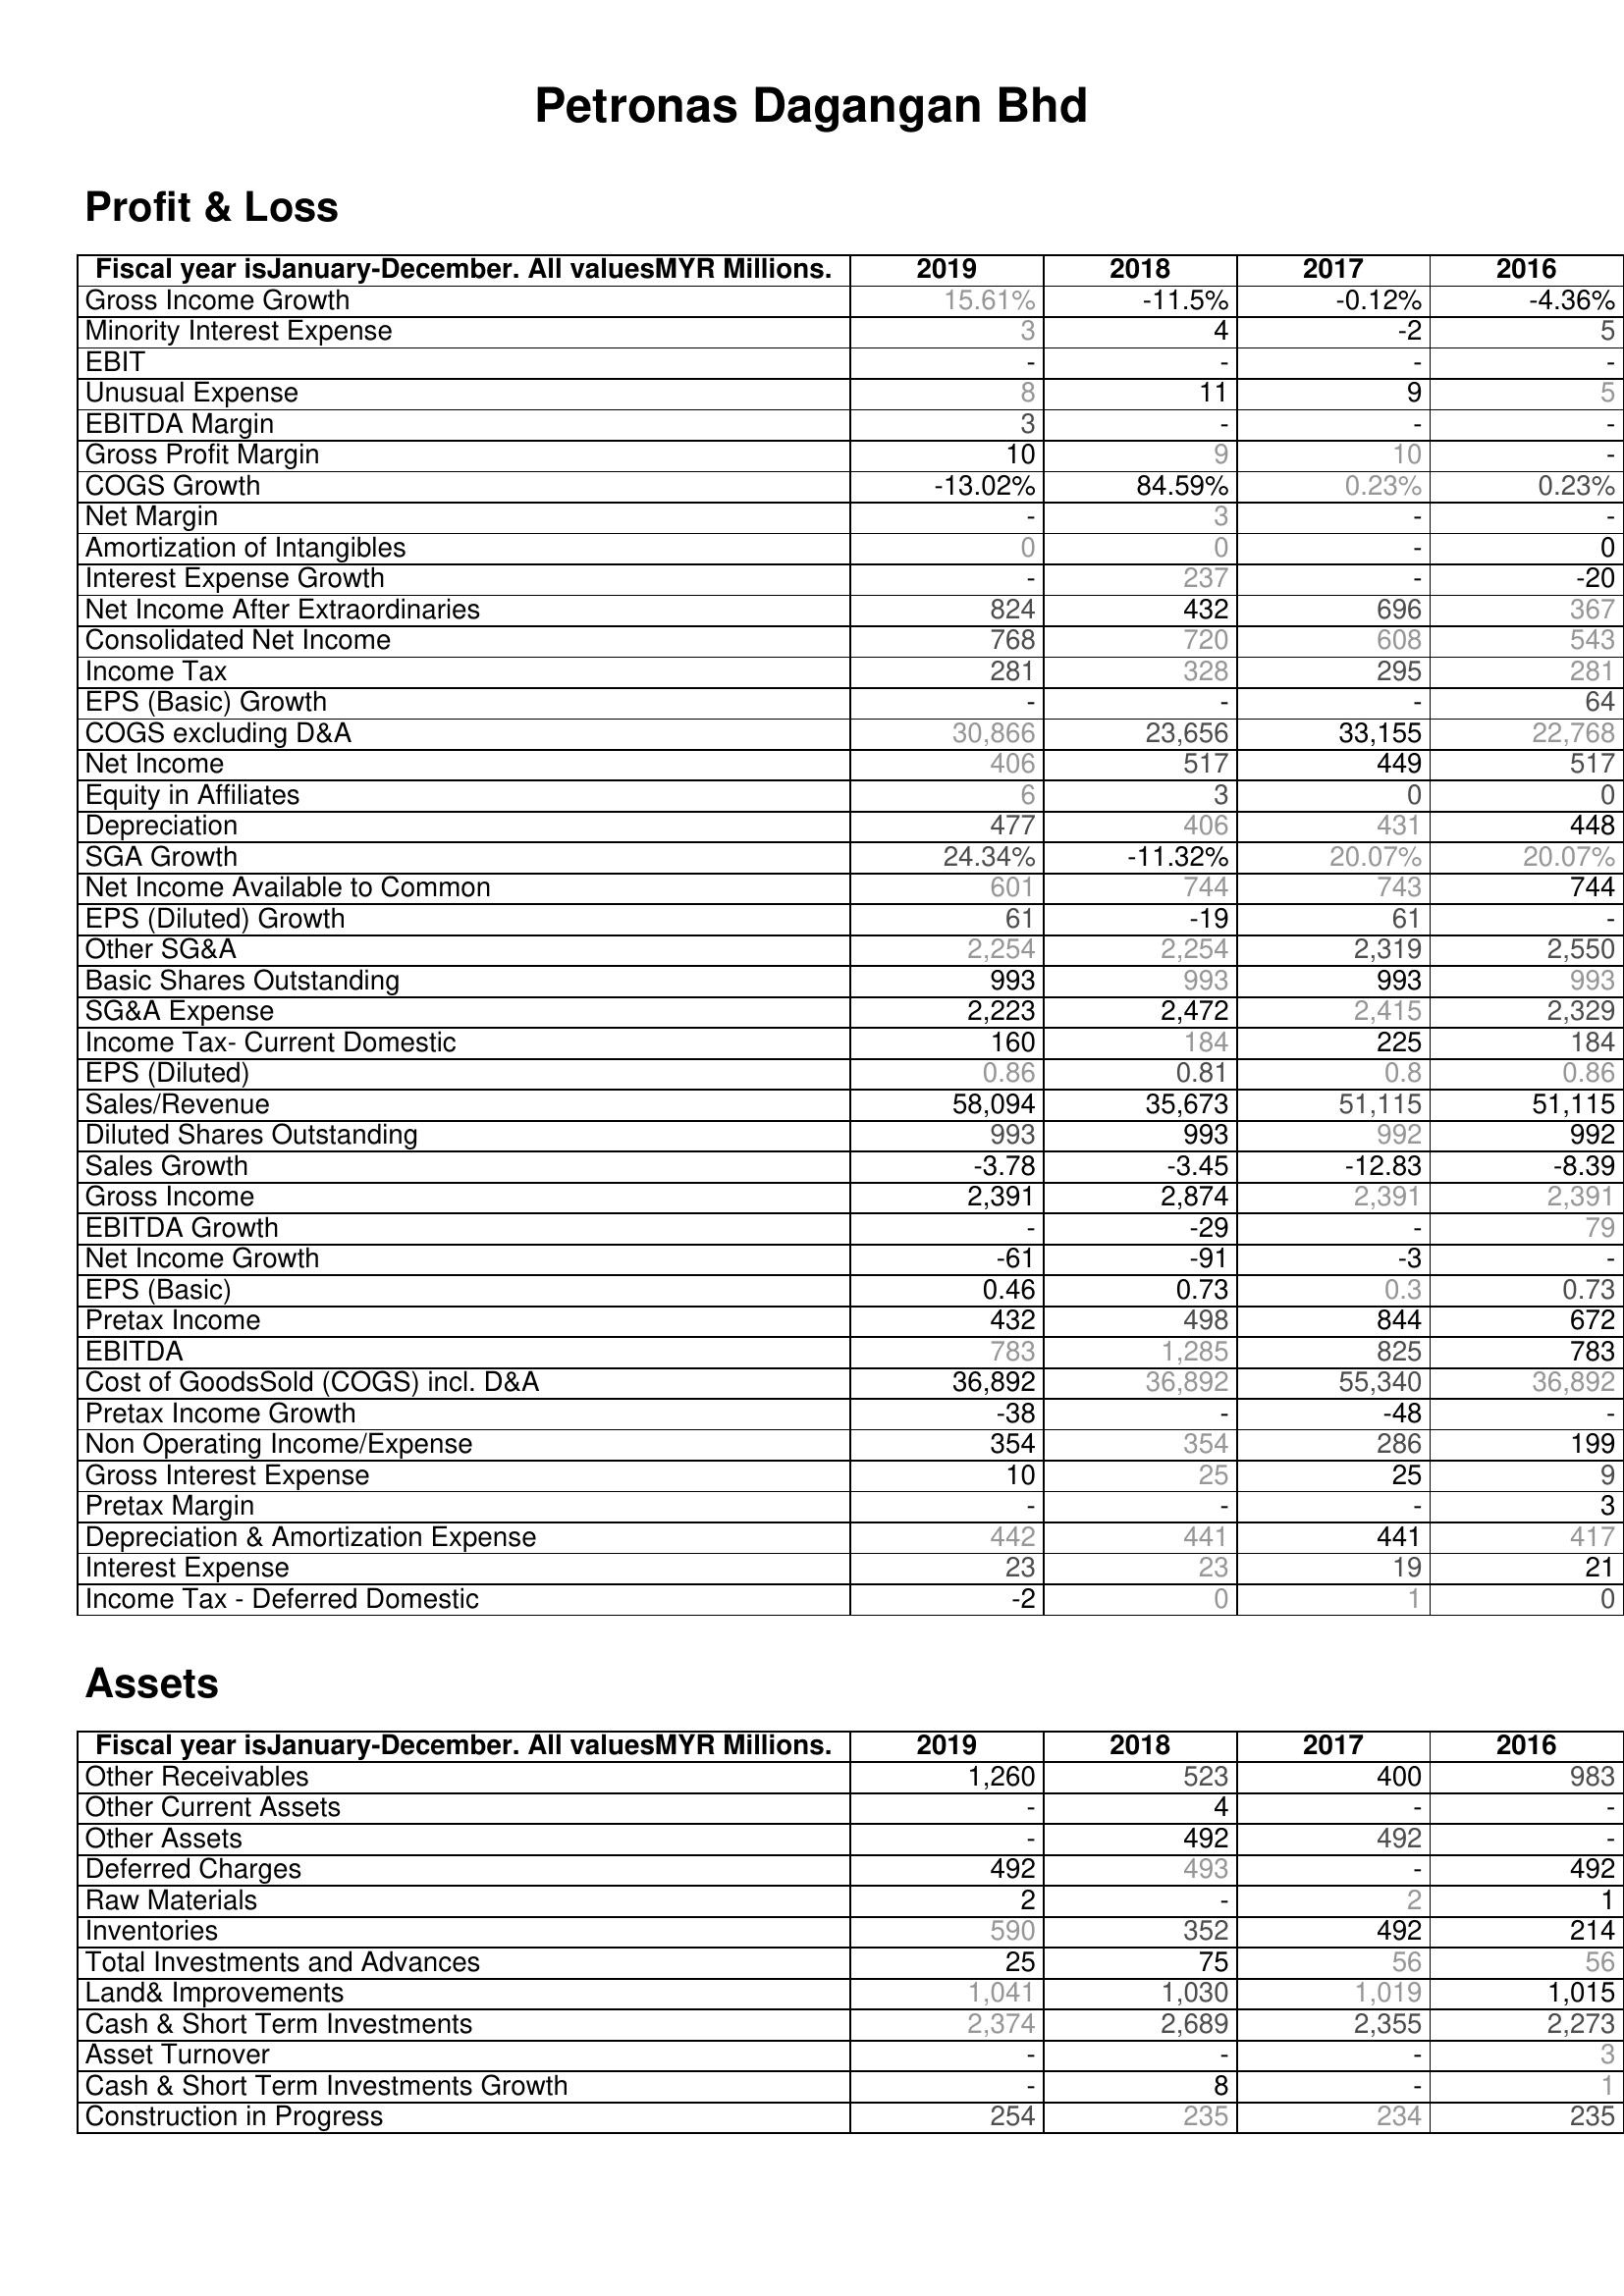
2019: Profit & Loss: Gross Income Growth: 15.61%
Minority Interest Expense: 3
EBIT: -
Unusual Expense: 8
EBITDA Margin: 3
Gross Profit Margin: 10
COGS Growth: -13.02%
Net Margin: -
Amortization of Intangibles: 0
Interest Expense Growth: -
Net Income After Extraordinaries: 824
Consolidated Net Income: 768
Income Tax: 281
EPS (Basic) Growth: -
COGS excluding D&A: 30,866
Net Income: 406
Equity in Affiliates: 6
Depreciation: 477
SGA Growth: 24.34%
Net Income Available to Common: 601
EPS (Diluted) Growth: 61
Other SG&A: 2,254
Basic Shares Outstanding: 993
SG&A Expense: 2,223
Income Tax- Current Domestic: 160
EPS (Diluted): 0.86
Sales/Revenue: 58,094
Diluted Shares Outstanding: 993
Sales Growth: -3.78
Gross Income: 2,391
EBITDA Growth: -
Net Income Growth: -61
EPS (Basic): 0.46
Pretax Income: 432
EBITDA: 783
Cost of GoodsSold (COGS) incl. D&A: 36,892
Pretax Income Growth: -38
Non Operating Income/Expense: 354
Gross Interest Expense: 10
Pretax Margin: -
Depreciation & Amortization Expense: 442
Interest Expense: 23
Income Tax - Deferred Domestic: -2
Assets: Other Receivables: 1,260
Other Current Assets: -
Other Assets: -
Deferred Charges: 492
Raw Materials: 2
Inventories: 590
Total Investments and Advances: 25
Land& Improvements: 1,041
Cash & Short Term Investments: 2,374
Asset Turnover: -
Cash & Short Term Investments Growth: -
Construction in Progress: 254
2018: Profit & Loss: Gross Income Growth: -11.5%
Minority Interest Expense: 4
EBIT: -
Unusual Expense: 11
EBITDA Margin: -
Gross Profit Margin: 9
COGS Growth: 84.59%
Net Margin: 3
Amortization of Intangibles: 0
Interest Expense Growth: 237
Net Income After Extraordinaries: 432
Consolidated Net Income: 720
Income Tax: 328
EPS (Basic) Growth: -
COGS excluding D&A: 23,656
Net Income: 517
Equity in Affiliates: 3
Depreciation: 406
SGA Growth: -11.32%
Net Income Available to Common: 744
EPS (Diluted) Growth: -19
Other SG&A: 2,254
Basic Shares Outstanding: 993
SG&A Expense: 2,472
Income Tax- Current Domestic: 184
EPS (Diluted): 0.81
Sales/Revenue: 35,673
Diluted Shares Outstanding: 993
Sales Growth: -3.45
Gross Income: 2,874
EBITDA Growth: -29
Net Income Growth: -91
EPS (Basic): 0.73
Pretax Income: 498
EBITDA: 1,285
Cost of GoodsSold (COGS) incl. D&A: 36,892
Pretax Income Growth: -
Non Operating Income/Expense: 354
Gross Interest Expense: 25
Pretax Margin: -
Depreciation & Amortization Expense: 441
Interest Expense: 23
Income Tax - Deferred Domestic: 0
Assets: Other Receivables: 523
Other Current Assets: 4
Other Assets: 492
Deferred Charges: 493
Raw Materials: -
Inventories: 352
Total Investments and Advances: 75
Land& Improvements: 1,030
Cash & Short Term Investments: 2,689
Asset Turnover: -
Cash & Short Term Investments Growth: 8
Construction in Progress: 235
2017: Profit & Loss: Gross Income Growth: -0.12%
Minority Interest Expense: -2
EBIT: -
Unusual Expense: 9
EBITDA Margin: -
Gross Profit Margin: 10
COGS Growth: 0.23%
Net Margin: -
Amortization of Intangibles: -
Interest Expense Growth: -
Net Income After Extraordinaries: 696
Consolidated Net Income: 608
Income Tax: 295
EPS (Basic) Growth: -
COGS excluding D&A: 33,155
Net Income: 449
Equity in Affiliates: 0
Depreciation: 431
SGA Growth: 20.07%
Net Income Available to Common: 743
EPS (Diluted) Growth: 61
Other SG&A: 2,319
Basic Shares Outstanding: 993
SG&A Expense: 2,415
Income Tax- Current Domestic: 225
EPS (Diluted): 0.8
Sales/Revenue: 51,115
Diluted Shares Outstanding: 992
Sales Growth: -12.83
Gross Income: 2,391
EBITDA Growth: -
Net Income Growth: -3
EPS (Basic): 0.3
Pretax Income: 844
EBITDA: 825
Cost of GoodsSold (COGS) incl. D&A: 55,340
Pretax Income Growth: -48
Non Operating Income/Expense: 286
Gross Interest Expense: 25
Pretax Margin: -
Depreciation & Amortization Expense: 441
Interest Expense: 19
Income Tax - Deferred Domestic: 1
Assets: Other Receivables: 400
Other Current Assets: -
Other Assets: 492
Deferred Charges: -
Raw Materials: 2
Inventories: 492
Total Investments and Advances: 56
Land& Improvements: 1,019
Cash & Short Term Investments: 2,355
Asset Turnover: -
Cash & Short Term Investments Growth: -
Construction in Progress: 234
2016: Profit & Loss: Gross Income Growth: -4.36%
Minority Interest Expense: 5
EBIT: -
Unusual Expense: 5
EBITDA Margin: -
Gross Profit Margin: -
COGS Growth: 0.23%
Net Margin: -
Amortization of Intangibles: 0
Interest Expense Growth: -20
Net Income After Extraordinaries: 367
Consolidated Net Income: 543
Income Tax: 281
EPS (Basic) Growth: 64
COGS excluding D&A: 22,768
Net Income: 517
Equity in Affiliates: 0
Depreciation: 448
SGA Growth: 20.07%
Net Income Available to Common: 744
EPS (Diluted) Growth: -
Other SG&A: 2,550
Basic Shares Outstanding: 993
SG&A Expense: 2,329
Income Tax- Current Domestic: 184
EPS (Diluted): 0.86
Sales/Revenue: 51,115
Diluted Shares Outstanding: 992
Sales Growth: -8.39
Gross Income: 2,391
EBITDA Growth: 79
Net Income Growth: -
EPS (Basic): 0.73
Pretax Income: 672
EBITDA: 783
Cost of GoodsSold (COGS) incl. D&A: 36,892
Pretax Income Growth: -
Non Operating Income/Expense: 199
Gross Interest Expense: 9
Pretax Margin: 3
Depreciation & Amortization Expense: 417
Interest Expense: 21
Income Tax - Deferred Domestic: 0
Assets: Other Receivables: 983
Other Current Assets: -
Other Assets: -
Deferred Charges: 492
Raw Materials: 1
Inventories: 214
Total Investments and Advances: 56
Land& Improvements: 1,015
Cash & Short Term Investments: 2,273
Asset Turnover: 3
Cash & Short Term Investments Growth: 1
Construction in Progress: 235